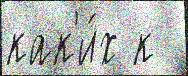
как'и́х к